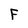
Character: F